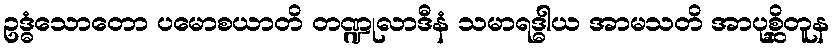
ဥဒ္ဓံသောတော ပမောစယာတိ တဏ္ဍုလာဒီနံ သမာရဒ္ဓါယ အာမသတိ အာပုစ္ဆိတူန